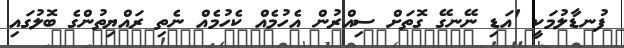
ފުނޑާލުމަކީ 'އަޑި ނޭނގޭ ގޮތަށް ސިއްރުން އެހުމެއް ކެހުމެއް ނެތި ރައްޔިތުންގެ ބޮލުގައި